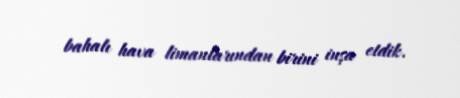
bahalı hava limanlarından birini inşa etdik.